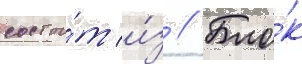
состои́т и́з // Бло́к